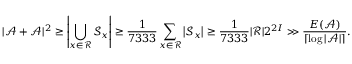
| \mathcal { A } + \mathcal { A } | ^ { 2 } \geq \left| \bigcup _ { x \in \mathcal { R } } \mathcal { S } _ { x } \right| \geq \frac { 1 } { 7 3 3 3 } \sum _ { x \in \mathcal { R } } \left| \mathcal { S } _ { x } \right| \geq \frac { 1 } { 7 3 3 3 } | \mathcal { R } | 2 ^ { 2 I } \gg \frac { E ( \mathcal { A } ) } { \lceil \log | \mathcal { A } | \rceil } .